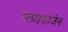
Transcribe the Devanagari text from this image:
गलाइकोजेन